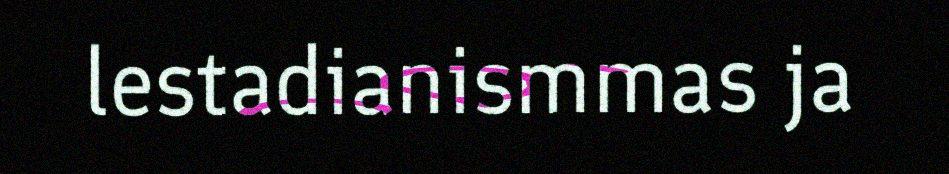
lestadianismmas ja